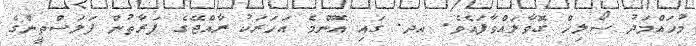
މުހައްމަދު ސޯލިހް ގޮވާލައްވާފައެވެ. އދ. ގައި އޮންމެ އަހަރަކު ރާއްޖޭގެ ފަރާތުން ފަލަސްތީންގެ